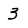
Character: 3